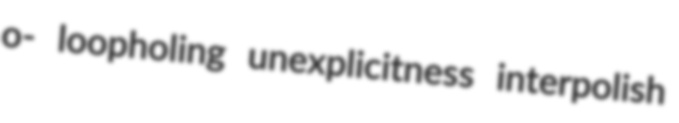
o- loopholing unexplicitness interpolish